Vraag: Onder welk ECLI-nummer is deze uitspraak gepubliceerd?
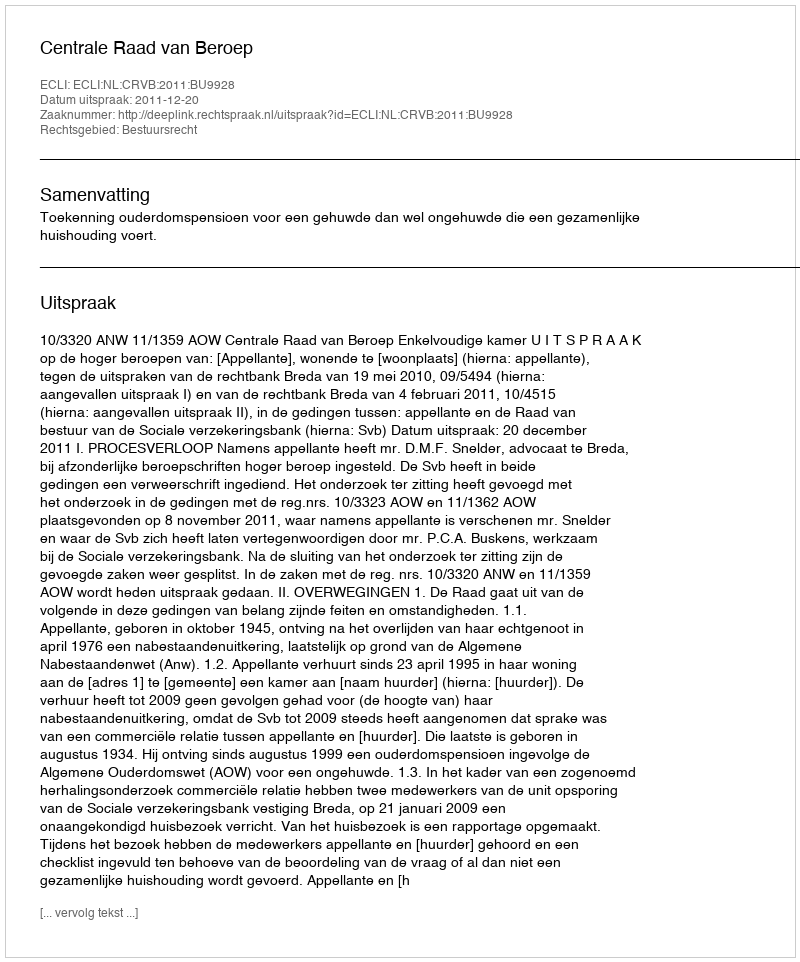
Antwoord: ECLI:NL:CRVB:2011:BU9928